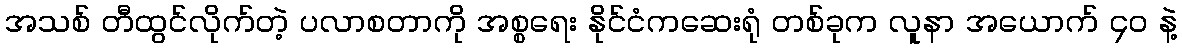
အသစ် တီထွင်လိုက်တဲ့ ပလာစတာကို အစ္စရေး နိုင်ငံကဆေးရုံ တစ်ခုက လူနာ အယောက် ၄၀ နဲ့